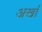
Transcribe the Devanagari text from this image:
अर्खा